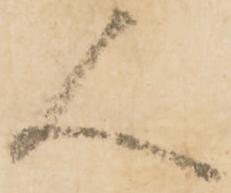
人